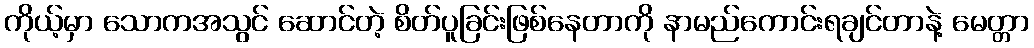
ကိုယ့်မှာ သောကအသွင် ဆောင်တဲ့ စိတ်ပူခြင်းဖြစ်နေတာကို နာမည်ကောင်းရချင်တာနဲ့ မေတ္တာ